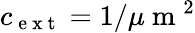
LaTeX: c_{\mathrm{~e~x~t~}}=1/\mu\mathrm{~m~}^{2}